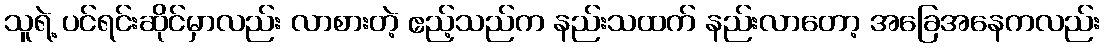
သူရဲ့ ပင်ရင်းဆိုင်မှာလည်း လာစားတဲ့ ဧည့်သည်က နည်းသထက် နည်းလာတော့ အခြေအနေကလည်း